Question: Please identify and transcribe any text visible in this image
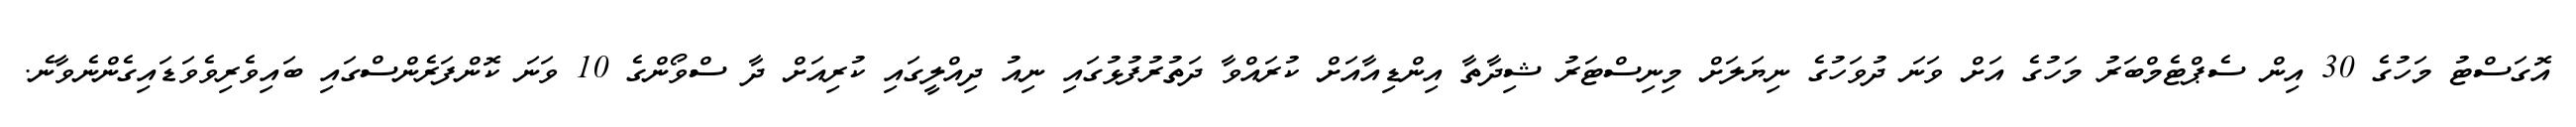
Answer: އޮގަސްޓު މަހުގެ 30 އިން ސެޕްޓެމްބަރު މަހުގެ އަށް ވަނަ ދުވަހުގެ ނިޔަލަށް މިނިސްޓަރު ޝިދާތާ އިންޑިއާއަށް ކުރައްވާ ދަތުރުފުޅުގައި ނިއު ދިއްލީގައި ކުރިއަށް ދާ ސްވޯންގެ 10 ވަނަ ކޮންފަރެންސްގައި ބައިވެރިވެވަޑައިގެންނެވާނެ.